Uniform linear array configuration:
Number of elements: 12
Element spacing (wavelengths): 0.5
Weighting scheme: blackman
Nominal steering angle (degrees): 60
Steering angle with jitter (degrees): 61.41
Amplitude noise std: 0.05
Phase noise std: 0.05

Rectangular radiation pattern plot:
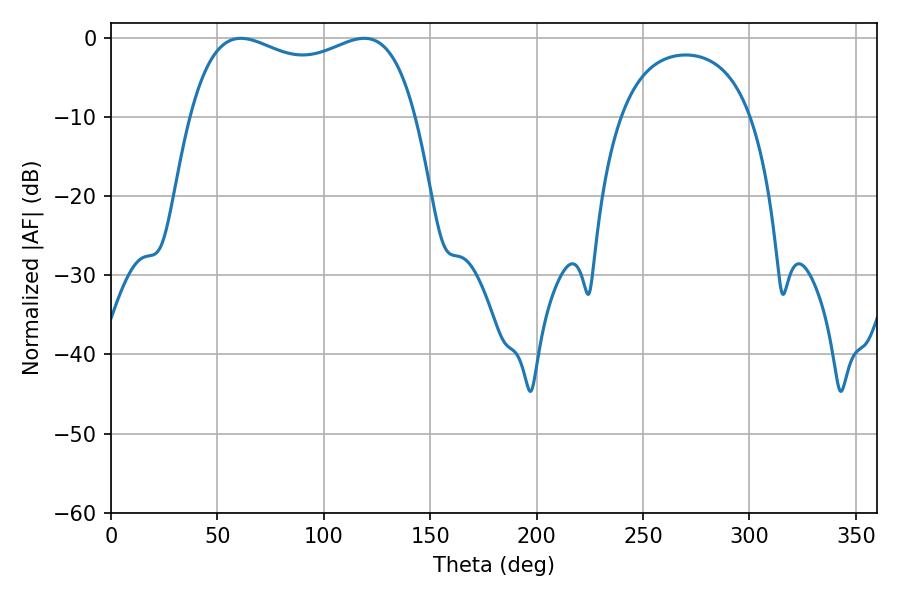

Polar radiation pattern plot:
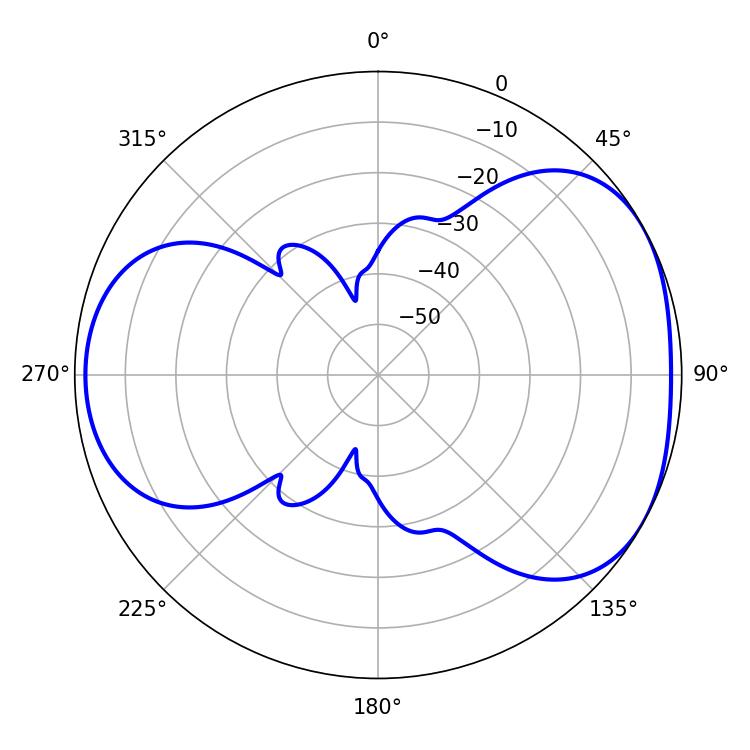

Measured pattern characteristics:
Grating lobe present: FALSE
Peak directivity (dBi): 4.383
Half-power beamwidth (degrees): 87.12
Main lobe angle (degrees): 61.02